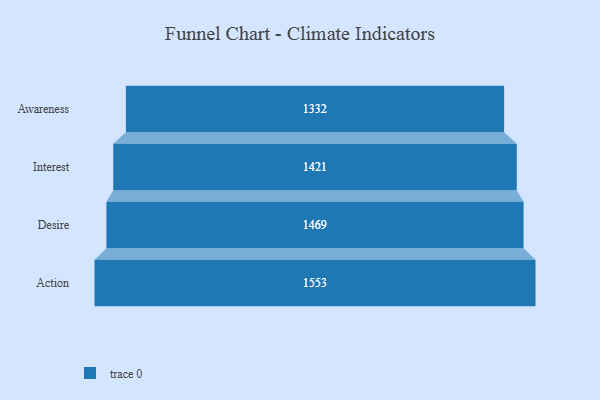
{"axis": {"x": "Stage", "y": "Value"}, "legend": [""], "data": [{"x": "Awareness", "y": 1332.0, "type": ""}, {"x": "Interest", "y": 1421.0, "type": ""}, {"x": "Desire", "y": 1469.0, "type": ""}, {"x": "Action", "y": 1553.0, "type": ""}]}